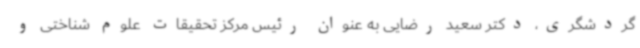
گردشگری، دکتر سعید رضایی به عنوان رئیس مرکز تحقیقات علوم شناختی و